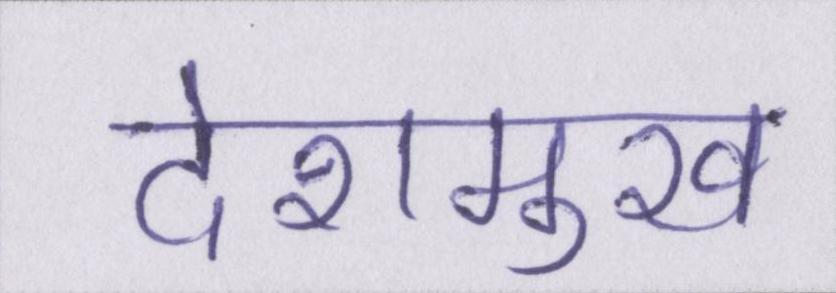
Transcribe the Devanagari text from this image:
देशमुख